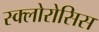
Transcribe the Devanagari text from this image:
स्क्लोरोसिस